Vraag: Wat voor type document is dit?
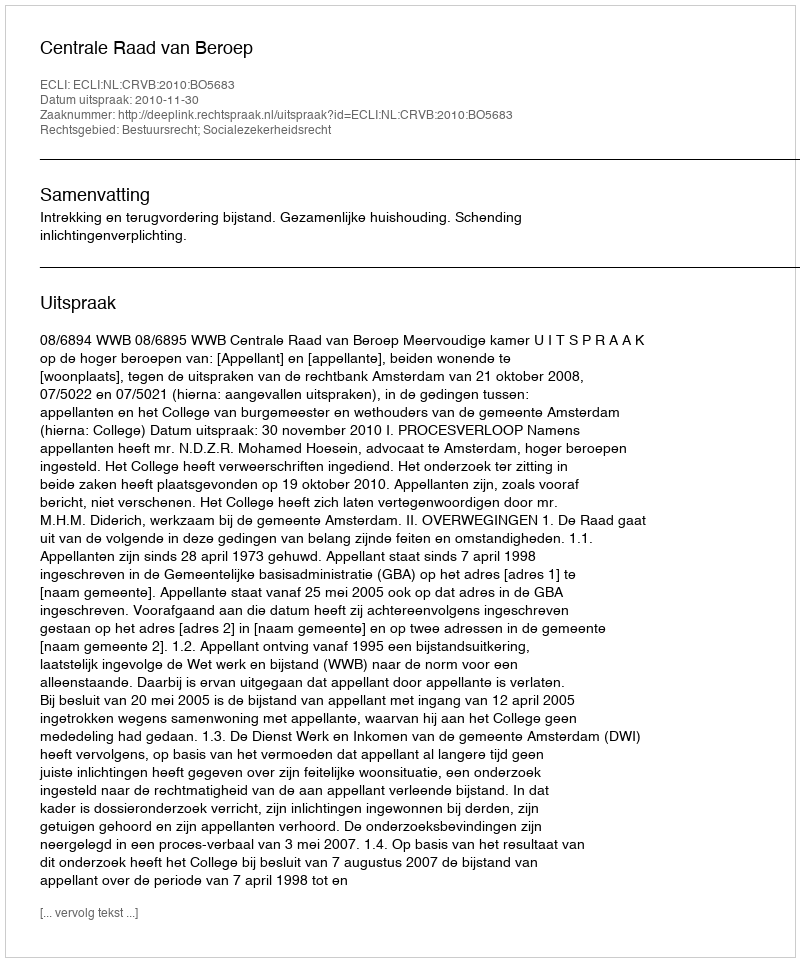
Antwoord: Uitspraak